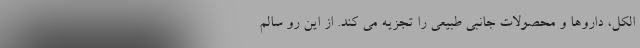
الکل، داروها و محصولات جانبی طبیعی را تجزیه می کند. از این رو سالم